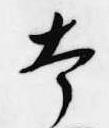
本